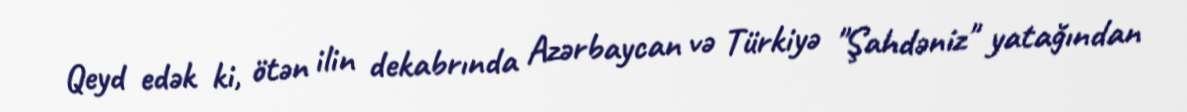
Qeyd edək ki, ötən ilin dekabrında Azərbaycan və Türkiyə "Şahdəniz" yatağından